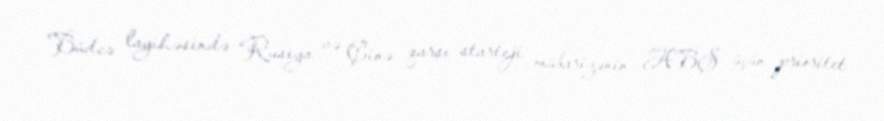
Büdcə layihəsində “Rusiya və Çinə qarşı starteji mübarizənin ABŞ üçün prioritet